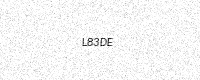
Text: L83DE